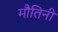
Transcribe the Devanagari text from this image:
मौतिनी